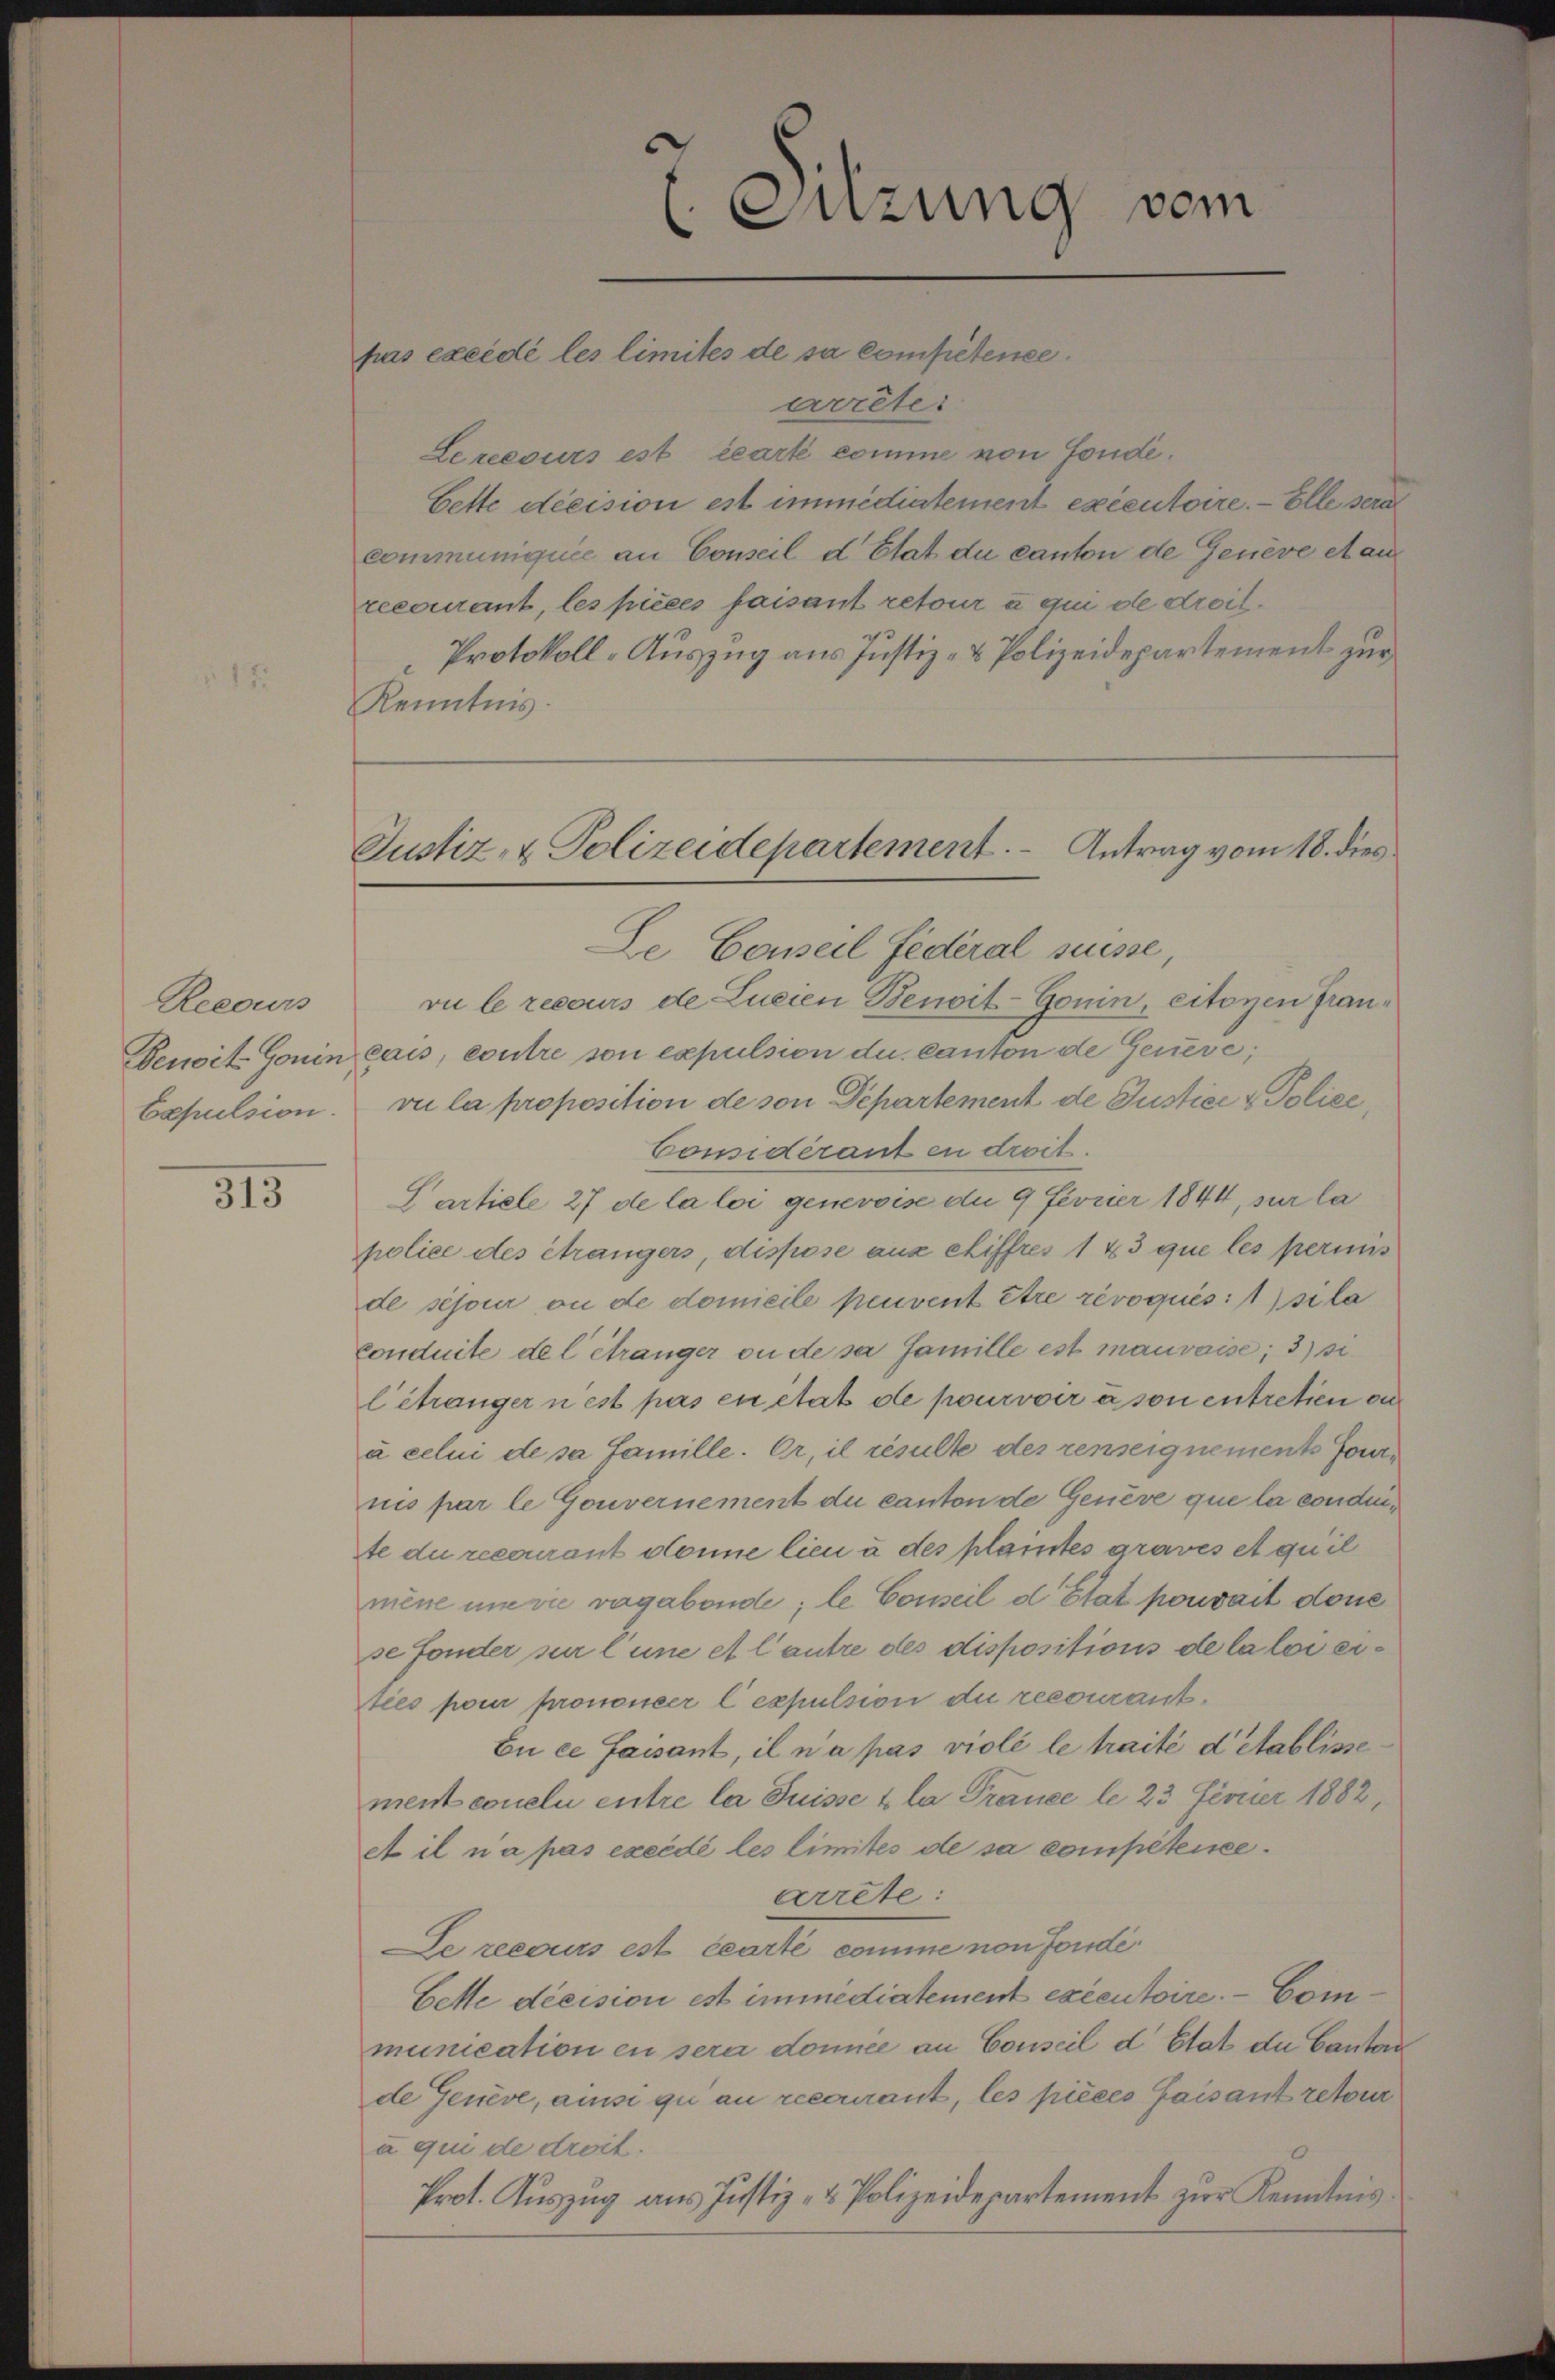
Recours
Expulsion.

315

f

arrête:
Le recours est écarté comme von Fonde.
bette décision est immediatement exécutoire. — Elle sera
communiquée an Conseil d’Etat du canton de Genève et au
recourant, les pièces faisant retour à qui de droit.
Protokoll-Auszug aus Justiz- & Polizeidepartement zur
Kenntnis.
Le Conseil Federal suisse,
vi le recours de Lucien Benoit-Gonin, citoyen fran¬
Denoit-Gonin cais, contre son expulsion du canton de Gerieve;
vi la proposition de von Departement de Justice & Police
Considérant in droit.
Sartiele 27 de la loi genevoise du 9 Fevrier 1844, sur la
police des étrangers, dispose aus eliffres 1 43 que les perinis
de séjour ou de domicile peuvent être révoqués: 1) sila
conduite de l étranger ou de sa famille est mauvaise; 3) si
létranger n’est pas en état de pourvoir à son entretien au
à celui de sa famille. Er, il résulte des renseignements fornis par le Gouvernement du canton de Genève que la condete du recourant donne lieu à des plaintes graves et quil
mène une die vagabonde; le Conseil d Etat pouvait done
se fonder sur l’une et l’autre des dispositions de la loi eities pour prononcer lexpulsion die recourant¬
En ce faisant, il n’a pas violé le traité d’établissement coneln entre la Suisse & la Trance le 23 Ferner 1882,
A il n’a pas execdé les limités de sa compétence.
arrete:
Se recours est écarté comme non fondé
Bette décision est immediatement executoire. — Communication en sera donnee an Conseil d’Etat du Canton
de Genève, ainsi qui au recourant, les pièces faisant retour
à qui de droit.
Prot. Auszug aus Justiz- & Polizeidepartement zur Kenntnis¬

Suzung vom

pas excédé les limités de sa competenee.

Justiz- & Polizeidepartement. Antrag vom 18. dies